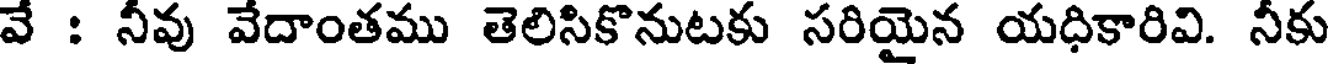
వే : నీవు వేదాంతము తెలిసికొనుటకు సరియైన యధికారివి. నీకు